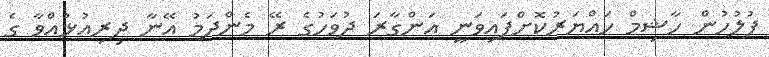
ފުލުހުން ހާޝިމް ހައްޔަރުކޮށްފައިވަނީ އަންގާރަ ދުވަހުގެ ރޭ މެންދަމު އޭނާ ދިރިއުޅުއްވާ ގެ